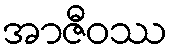
အာဇီဝဿ